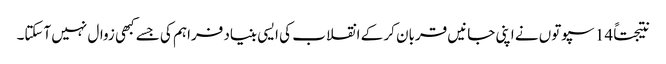
نتیجتاً 14 سپوتوں نے اپنی جانیں قربان کر کے انقلاب کی ایسی بنیاد فراہم کی جسے کبھی زوال نہیں آسکتا۔